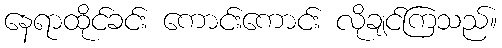
နေရာထိုင်ခင်း ကောင်းကောင်း လိုချင်ကြသည်။